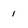
Character: 1